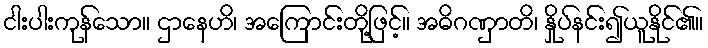
ငါးပါးကုန်သော။ ဌာနေဟိ၊ အကြောင်းတို့ဖြင့်။ အဓိဂဏှာတိ၊ နှိုပ်နင်း၍ယူနိုင်၏။